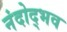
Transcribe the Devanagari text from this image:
नंदोद्भव